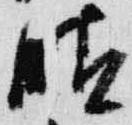
晴